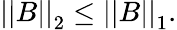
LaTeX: \left|\left|B\right|\right|_{2}\leq\left|\left|B\right|\right|_{1}.